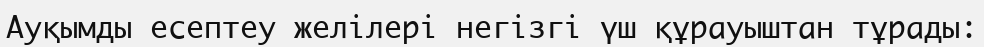
Ауқымды есептеу желілері негізгі үш құрауыштан тұрады: